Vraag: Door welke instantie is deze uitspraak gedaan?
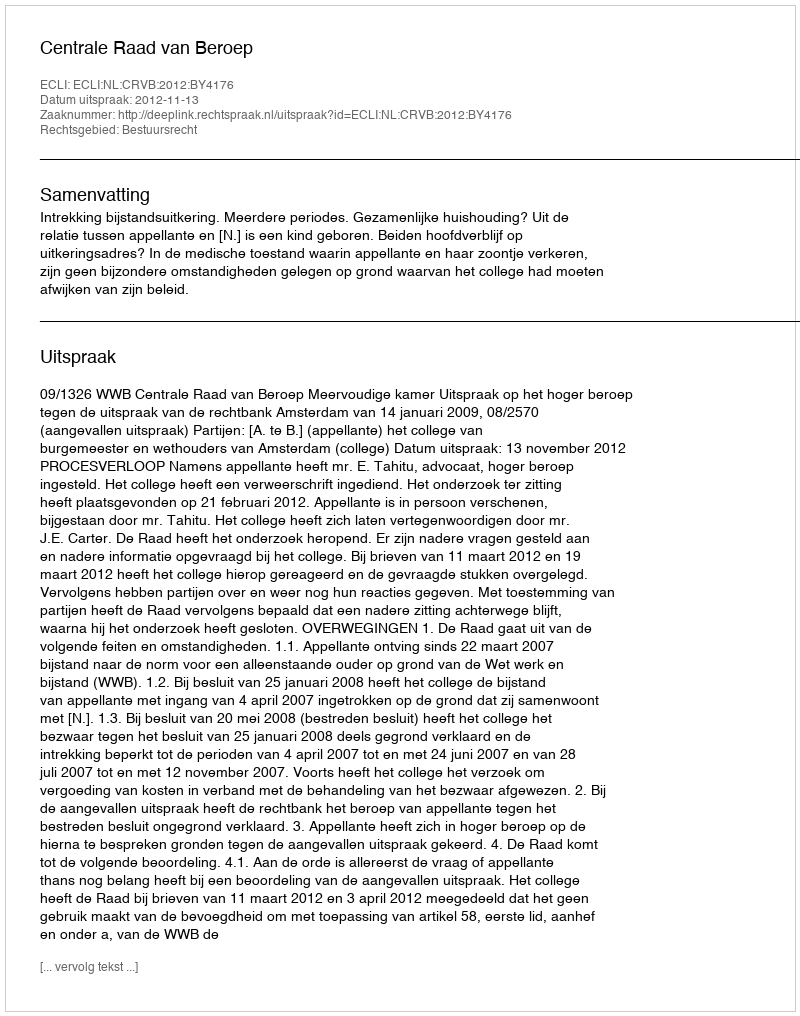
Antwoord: Centrale Raad van Beroep